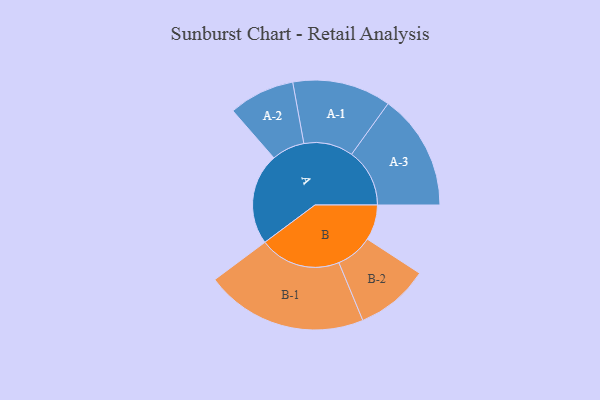
{"axis": {"x": "Segment", "y": "Value"}, "legend": ["", "A", "B"], "data": [{"x": "A", "y": 336, "type": ""}, {"x": "B", "y": 130, "type": ""}, {"x": "A-1", "y": 181, "type": "A"}, {"x": "A-2", "y": 121, "type": "A"}, {"x": "A-3", "y": 213, "type": "A"}, {"x": "B-1", "y": 298, "type": "B"}, {"x": "B-2", "y": 135, "type": "B"}]}